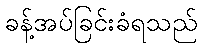
ခန့်အပ်ခြင်းခံရသည်